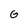
Character: G